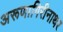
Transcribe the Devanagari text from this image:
अरूणागिरीनाथर